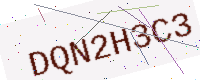
Text: DQN2H3C3